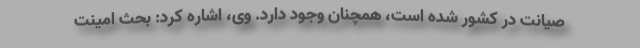
صیانت در کشور شده است، همچنان وجود دارد. وی، اشاره کرد: بحث امینت